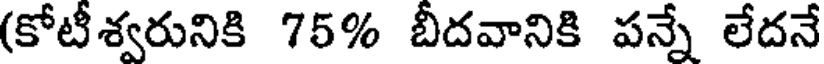
(కోటీశ్వరునికి 75% బీదవానికి పన్నే లేదనే